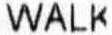
WALK